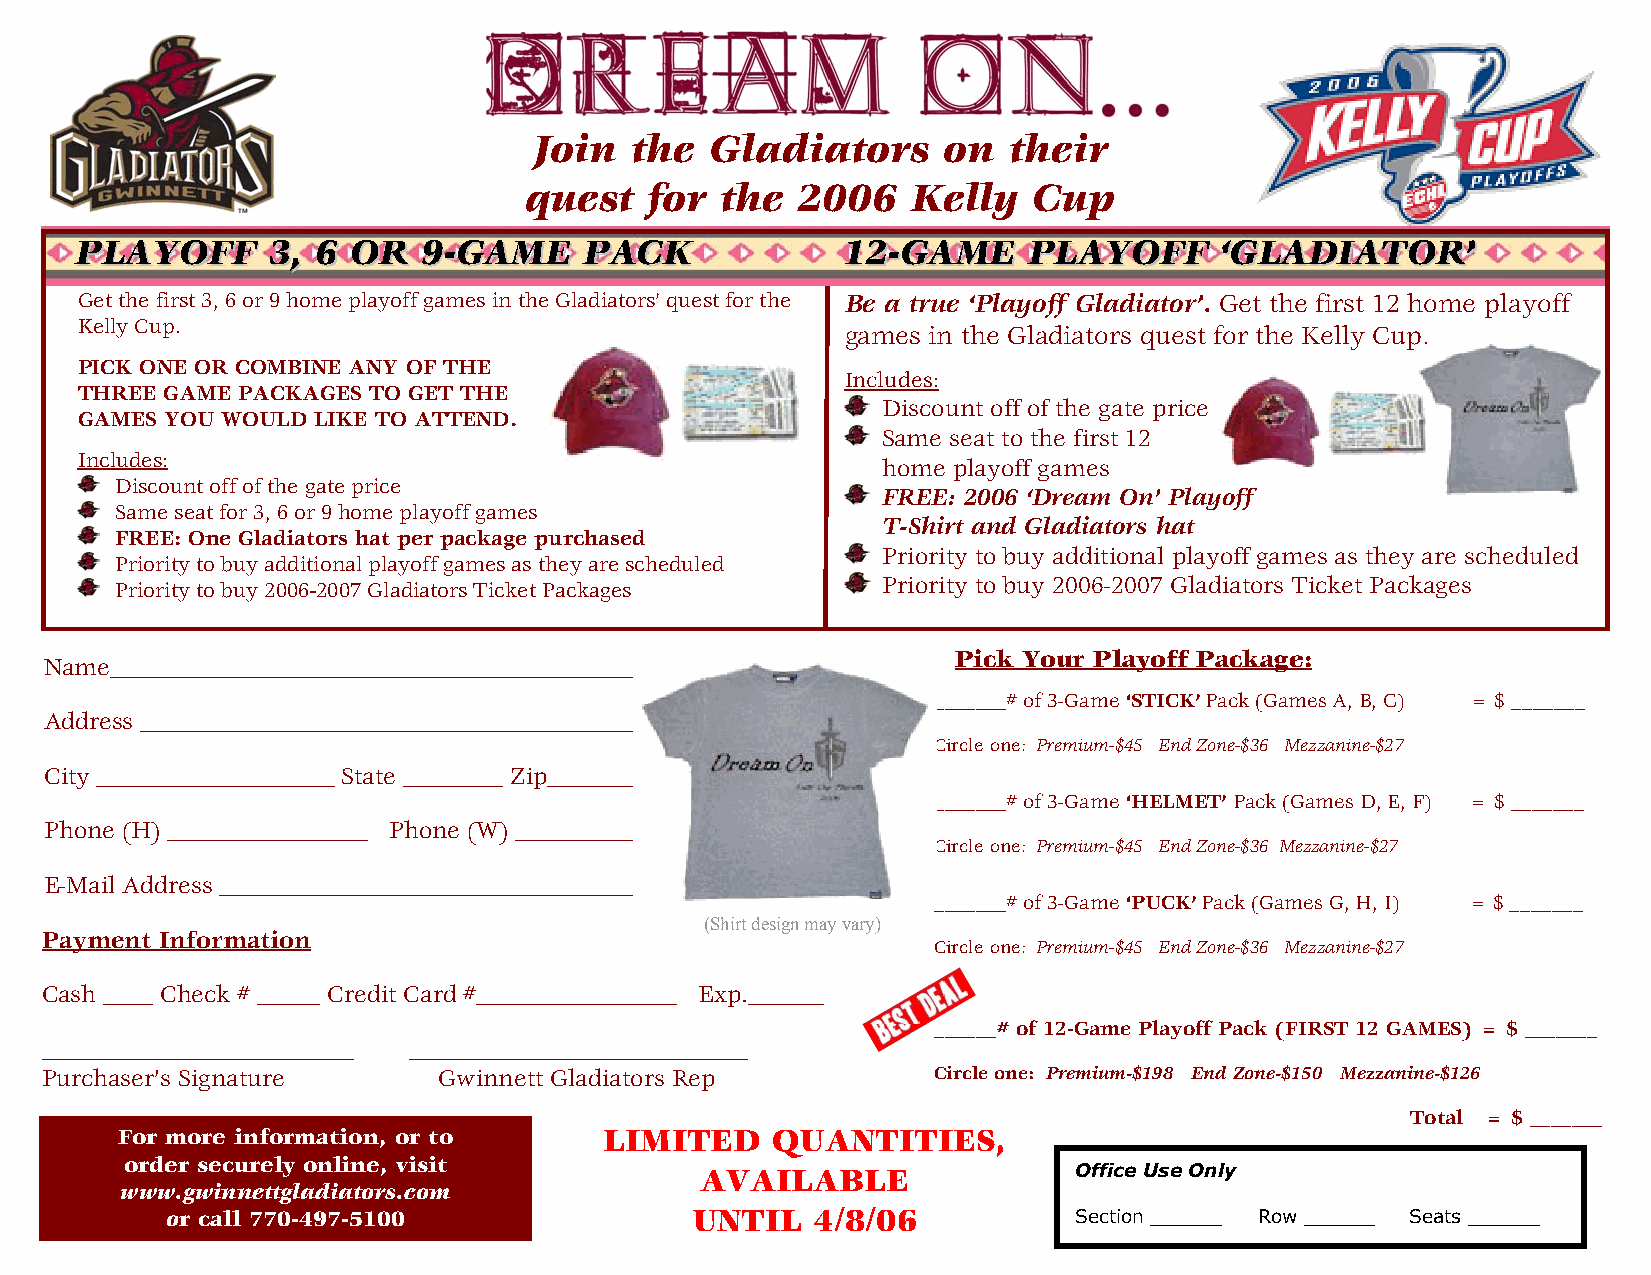
Join   the  Gladiators     on   their
 quest   for  the  2006   Kelly   Cup
 PPLLAAYYOOFFFF 33,, 66 OORR 99--GGAAMMEE PPAACCKK  1122--GGAAMMEE PPLLAAYYOOFFFF ‘‘GGLLAADDIIAATTOORR’’
 Get the first 3, 6 or 9 home playoff games in the Gladiators’ quest for the Be a true ‘Playoff Gladiator’. Get the first 12 home playoff
 Kelly Cup.
 games in the Gladiators quest for the Kelly Cup.
 PICK ONE OR COMBINE ANY OF THE
 Includes:
 THREE GAME PACKAGES TO GET THE
 Discount off of the gate price
 GAMES YOU WOULD LIKE TO ATTEND.
 Same seat to the first 12
 Includes:                                            home playoff games
 Discount off of the gate price
 FREE: 2006 ‘Dream On’ Playoff
 Same seat for 3, 6 or 9 home playoff games
 T-Shirt and Gladiators hat
 FREE: One Gladiators hat per package purchased
 Priority to buy additional playoff games as they are scheduled
 Priority to buy additional playoff games as they are scheduled
 Priority to buy 2006-2007 Gladiators Ticket Packages Priority to buy 2006-2007 Gladiators Ticket Packages
 Pick Your Playoff Package:
 Name______________________________________________
 _______# of 3-Game ‘STICK’ Pack (Games A, B, C) = $ _______
 Address ___________________________________________
 Circle one: Premium-$45 End Zone-$36 Mezzanine-$27
 City ___________________ State ________ Zip___________
 _______# of 3-Game ‘HELMET’ Pack (Games D, E, F) = $ _______
 Phone (H) ________________ Phone (W) _______________
 Circle one: Premium-$45 End Zone-$36 Mezzanine-$27
 E-Mail Address ______________________________________
 _______# of 3-Game ‘PUCK’ Pack (Games G, H, I) = $ _______
 (Shirt design may vary)
 Payment Information
 Circle one: Premium-$45 End Zone-$36 Mezzanine-$27
 Cash ____ Check # _____ Credit Card #________________ Exp.______
 ______# of 12-Game Playoff Pack (FIRST 12 GAMES) = $ _______
 _________________________ ___________________________
 Purchaser’s Signature     Gwinnett Gladiators Rep          Circle one: Premium-$198 End Zone-$150 Mezzanine-$126
 Total = $ _______
 For more information, or to     LIMITED    QUANTITIES,
 order securely online, visit
 AVAILABLE                Office Use Only
 www.gwinnettgladiators.com
 or call 770-497-5100               UNTIL   4/8/06           Section ______ Row ______ Seats ______